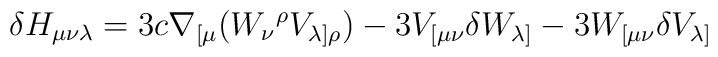
\delta H_{\mu\nu\lambda} = 3c \nabla_{[\mu} \bigl(W_{\nu}{}^{\rho}V_{\lambda]\rho} \bigr) - 3 V_{[\mu\nu} \delta W_{\lambda]} -3 W_{[\mu\nu} \delta V_{\lambda]}